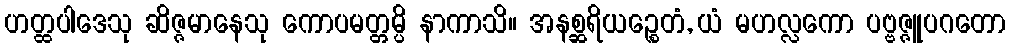
ဟတ္ထပါဒေသု ဆိဇ္ဇမာနေသု ကောပမတ္တမ္ပိ နာကာသိ။ အနစ္ဆရိယဉ္စေတံ, ယံ မဟလ္လကော ပဗ္ဗဇ္ဇူပဂတော